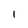
Character: l